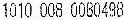
1010 008 00B0498